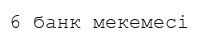
6 банк мекемесі